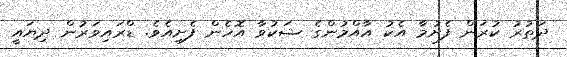
ދަތުރު ކުރަން ފެށުމާ އެކު އާއްމުންގެ ޝަކުވާ އޮހެން ފެށިއެވެ. ޑްރައިވަރުން ދިޔައީ